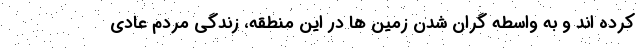
کرده اند و به واسطه گران شدن زمین ها در این منطقه، زندگی مردم عادی